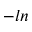
- l n